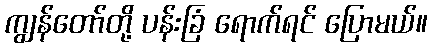
ကျွန်တော်တို့ ပန်းခြံ ရောက်ရင် ပြောမယ်။